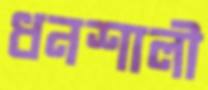
ধনশালী